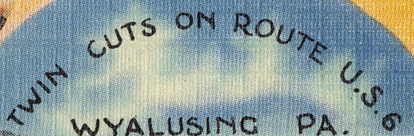
TWIN CUTS ON ROUTE U.S.6